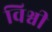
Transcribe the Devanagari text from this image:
विश्वी